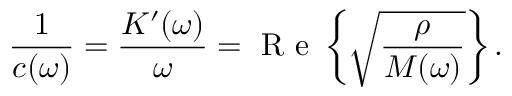
\frac { 1 } { c ( \omega ) } = \frac { K ^ { \prime } ( \omega ) } { \omega } = \mathrm { ~ R ~ e ~ } \left\{ \sqrt { \frac { \rho } { M ( \omega ) } } \right\} .